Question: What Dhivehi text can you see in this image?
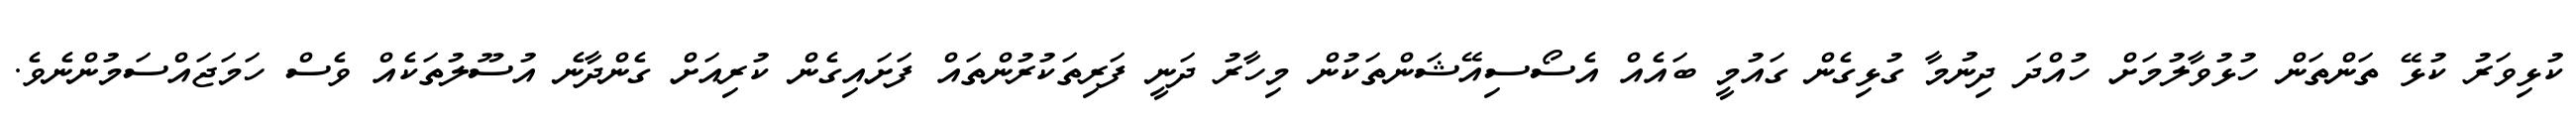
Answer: ކުޅިވަރު ކުޅޭ ތަންތަން ހުޅުވާލުމަށް ހުއްދަ ދިނުމާ ގުޅިގެން ގައުމީ ބައެއް އެސޯސިއޭޝަންތަކުން މިހާރު ދަނީ ފަރިތަކުރުންތައް ފަށައިގެން ކުރިއަށް ގެންދާނެ އުސޫލުތަކެއް ވެސް ހަމަޖައްސަމުންނެވެ.